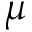
\boldsymbol { \mu }